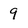
Character: 9